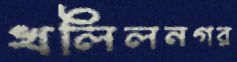
খলিলনগর